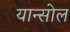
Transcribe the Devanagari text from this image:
यान्सोल